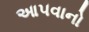
આ૫વાનો